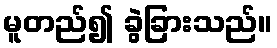
မူတည်၍ ခွဲခြားသည်။